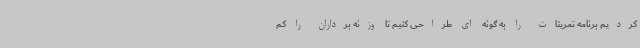
کردیم برنامه تمرینات را به گونه ای طراحی کنیم تا وزنه برداران را کم